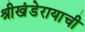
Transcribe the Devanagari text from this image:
श्रीखंडेरायाची